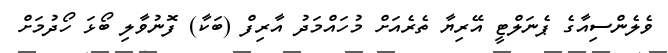
ވެލެންސިއާގެ ޕެނަލްޓީ އޭރިޔާ ތެރެއަށް މުހައްމަދު އާރިފް (ބަކާ) ފޮނުވާލި ބޯޅަ ހޯދުމަށް